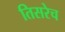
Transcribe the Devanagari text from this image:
तिसरेच